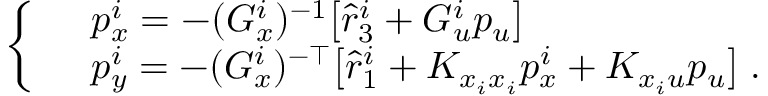
\left\{ \begin{array} { r l } & { p _ { x } ^ { i } = - ( G _ { x } ^ { i } ) ^ { - 1 } \big [ \hat { r } _ { 3 } ^ { i } + G _ { u } ^ { i } p _ { u } \big ] } \\ & { p _ { y } ^ { i } = - ( G _ { x } ^ { i } ) ^ { - \top } \big [ \hat { r } _ { 1 } ^ { i } + K _ { x _ { i } x _ { i } } p _ { x } ^ { i } + K _ { x _ { i } u } p _ { u } \big ] \; . } \end{array} \right.